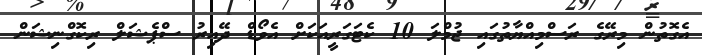
އެގޮތުން މިރޭގެ ރަސްމިއްޔާތުގައި ޖުމްލަ 10 ކެޓަގަރީއަކަށް އެވޯޑް ދޭއިރު ސްޕެޝަލް ރިކޮގްނިޝަން